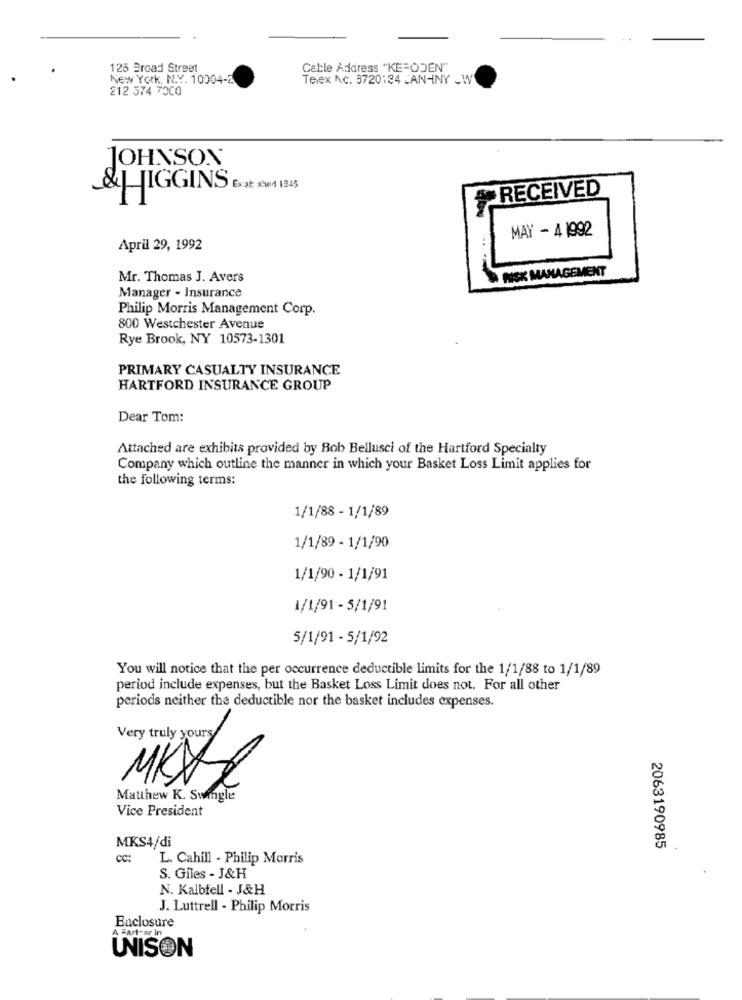
126 Broad Street
Cable Address "KE=ODEN"
New York, N.Y. 10004-2
Telex Ac. 3720134 JANINY _W
212 374 7000
JOHNSON
&HIGGINS E at end 1945
RECEIVED
MAY - 4 1992
April 29, 1992
& RISK MANAGEMENT
Mr. Thomas J. Avers
Manager - Insurance
Philip Morris Management Corp.
800 Westchester Avenue
Rye Brook, NY 10573-1301
PRIMARY CASUALTY INSURANCE
HARTFORD INSURANCE GROUP
Dear Tom:
Attached are exhibits provided by Bob Bellusci of the Hartford Specialty
Company which outline the manner in which your Basket Loss Limit applies for
the following terms:
1/1/88 - 1/1/89
1/1/89 - 1/1/90
1/1/90 - 1/1/91
1/1/91 - 5/1/91
5/1/91 - 5/1/92
You will notice that the per occurrence deductible limits for the 1/1/88 to 1/1/89
period include expenses, but the Basket Loss Limit does not. For all other
periods neither the deductible nor the basket includes expenses.
Very truly yours
MKX
Matthew K. Swingle
Vice President
MKS4/di
2063190985
cc:
L. Cahill - Philip Morris
S. Giles - J&H
N. Kalbfell - J&H
J. Luttrell - Philip Morris
Enclosure
A Fart- pr In
UNISON